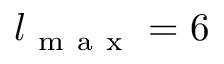
l _ { \mathrm { ~ m ~ a ~ x ~ } } = 6